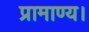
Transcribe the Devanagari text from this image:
प्रामाण्य।